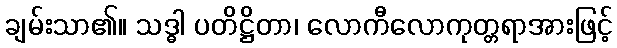
ချမ်းသာ၏။ သဒ္ဓါ ပတိဋ္ဌိတာ၊ လောကီလောကုတ္တရာအားဖြင့်